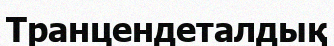
Транцендеталдық